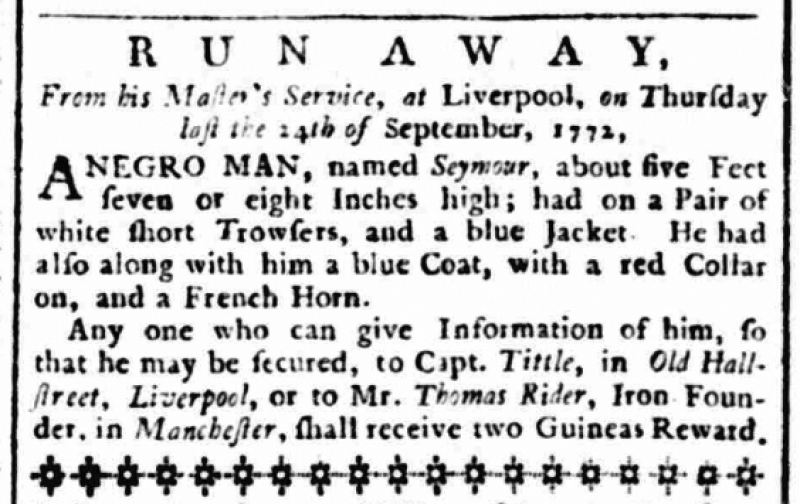
Manchester Mercury, 29 September 1772 (England)
          R U N    A W A Y,From his Master’s Service, at Liverpool, on Thursday last the 14th of September, 1772,  A NEGRO MAN, named Seymour, about five Feet seven or eight Inches high; had on a Pair of white short Trowsers, and a blue Jacket. He had also along with him a blue Coat, with a red Collar on, and a French Horn.  Any one who can give Information of him, so that he may be secured, to Capt. Tittle, in Old Hall-street, Liverpool, or to Mr. Thomas Rider, Iron Founder, in Manchester, shall receive two Guineas Reward.